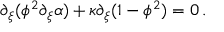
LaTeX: \partial _ { \xi } ( \phi ^ { 2 } \partial _ { \xi } \alpha ) + \kappa \partial _ { \xi } ( 1 - \phi ^ { 2 } ) = 0 \, .